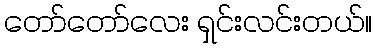
တော်တော်လေး ရှင်းလင်းတယ်။